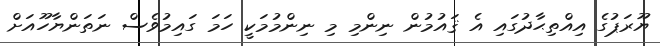
ޔޫރަޕުގެ އިއްތިޙާދުގައި އެ ޤައުމުން ނިންމި މި ނިންމުމަކީ ހަމަ ގައިމުވެސް ނަތަންޔާހޫއަށް